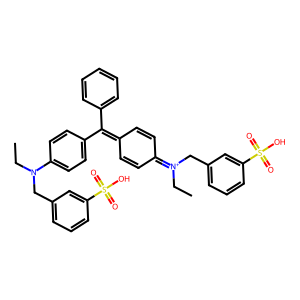
SMILES: CCN(Cc1cccc(S(=O)(=O)O)c1)c1ccc(C(=C2C=CC(=[N+](CC)Cc3cccc(S(=O)(=O)O)c3)C=C2)c2ccccc2)cc1
Inhibits HIV replication: Yes